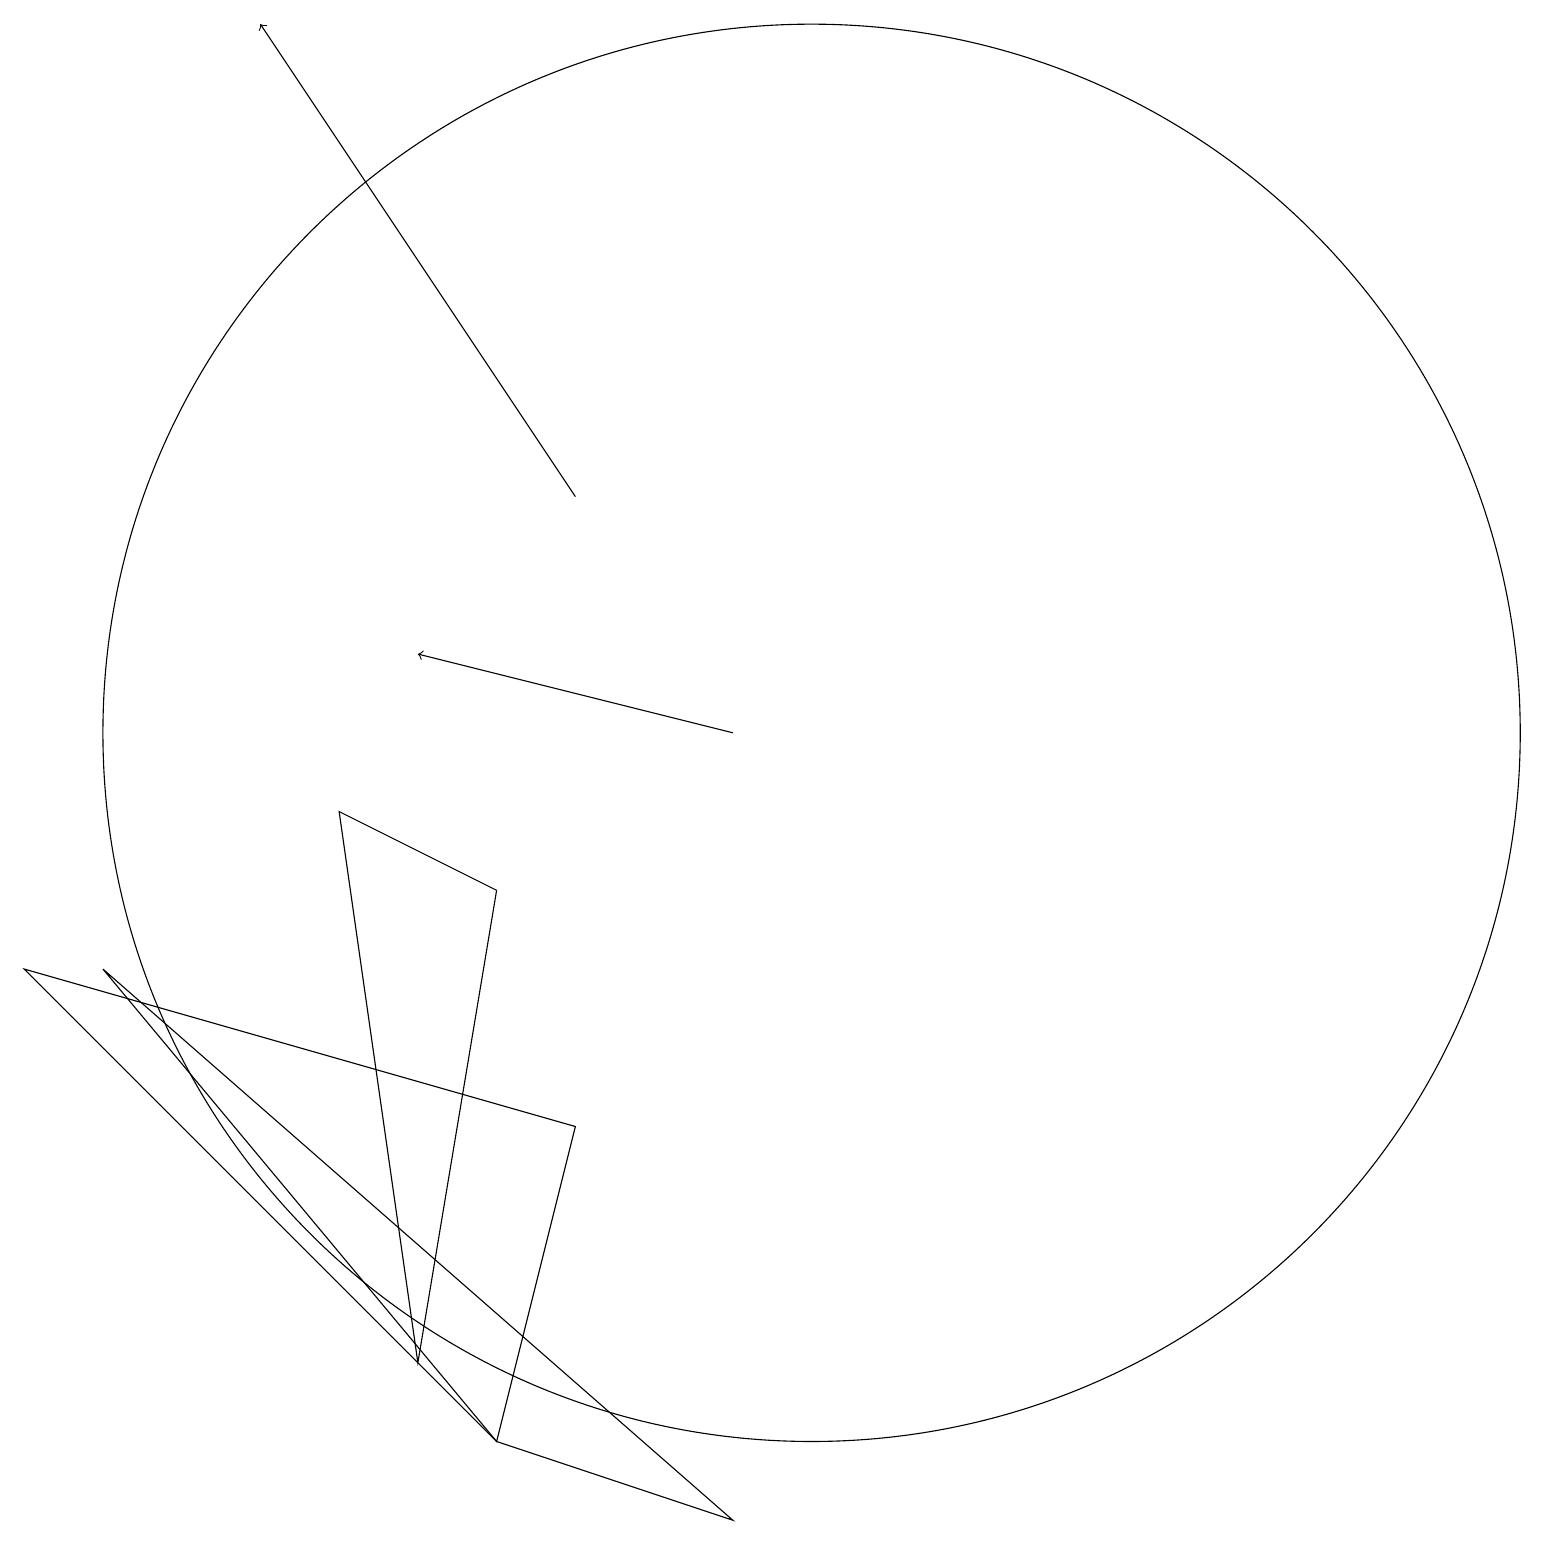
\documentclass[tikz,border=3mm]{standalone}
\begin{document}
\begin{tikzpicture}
\draw (11,11) circle (0);
\draw (6,8) -- (4,9) -- (5,2) -- cycle;
\draw (10,10) circle (9);
\draw (1,7) -- (6,1) -- (9,0) -- cycle;
\draw (6,1) -- (7,5) -- (0,7) -- cycle;
\draw[->] (7,13) -- (3,19);
\draw[->] (9,10) -- (5,11);
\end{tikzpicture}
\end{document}